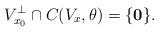
LaTeX: \begin{align*}V_{x_{0}}^{\bot}\cap C(V_{x},\theta)=\{\mathbf{0}\}.\end{align*}